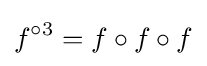
f^{\circ 3}=f\circ f\circ f